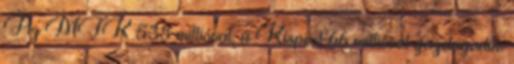
Az MTK 535 millióval, a Kispest 66 millióval gazdagodik.